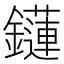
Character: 𨯌